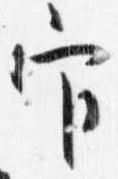
官